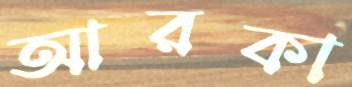
আরকা